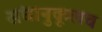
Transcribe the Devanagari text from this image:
संघानुकूलच